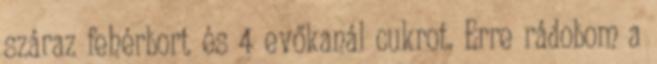
száraz fehérbort és 4 evőkanál cukrot. Erre rádobom a